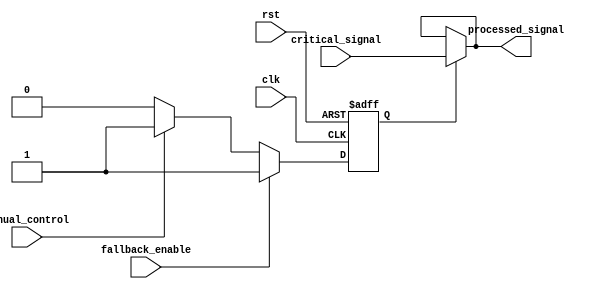
module timing_control_sync_block(
    input wire clk,
    input wire rst,
    input wire fallback_enable,
    input wire manual_control,
    input wire critical_signal,
    output wire processed_signal
);

reg fallback_path;

always @(posedge clk or posedge rst) begin
    if (rst) begin
        fallback_path <= 1'b0;
    end else begin
        if (fallback_enable) begin
            fallback_path <= 1'b1;
        end else begin
            if (manual_control) begin
                fallback_path <= 1'b1;
            end else begin
                fallback_path <= 1'b0;
            end
        end
    end
end

assign processed_signal = fallback_path ? critical_signal : processed_signal;

endmodule